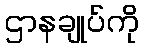
ဌာနချုပ်ကို